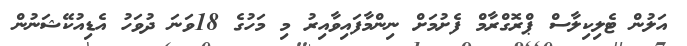
އަލުން ޓެލިކިލާސް ޕްރޮގްރާމް ފެށުމަށް ނިންމާފައިވާއިރު މި މަހުގެ 18ވަނަ ދުވަހު އެޑިއުކޭޝަނުން